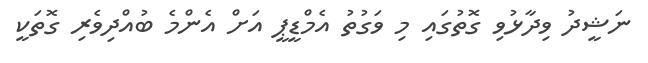
ނަޝީދު ވިދާޅުވި ގޮތުގައި މި ވަގުތު އެމްޑީޕީ އަށް އެންމެ ބުއްދިވެރި ގޮތަކީ